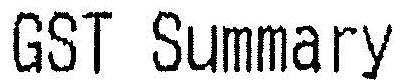
GST SUMMARY